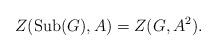
LaTeX: \begin{align*} Z(\mathrm{Sub}(G),A)=Z(G,A^2).\end{align*}